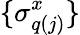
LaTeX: \{ \sigma_{q(j)}^{x}\}